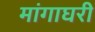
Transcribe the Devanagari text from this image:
मांगाघरी